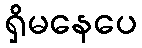
ရှိမနေပေ